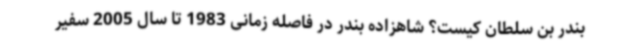
بندر بن سلطان کیست؟ شاهزاده بندر در فاصله زمانی 1983 تا سال 2005 سفیر